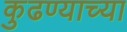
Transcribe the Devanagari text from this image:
कुढण्याच्या